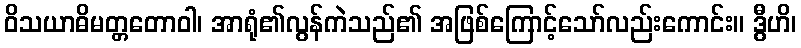
ဝိသယာဓိမတ္တတောဝါ၊ အာရုံ၏လွန်ကဲသည်၏ အဖြစ်ကြောင့်သော်လည်းကောင်း။ ဒွီဟိ၊